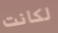
لكانت